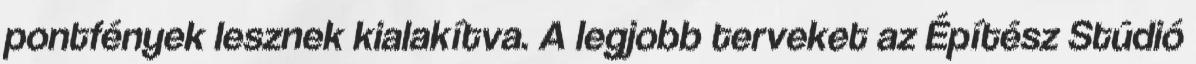
pontfények lesznek kialakítva. A legjobb terveket az Építész Stúdió